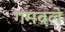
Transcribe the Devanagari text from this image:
गमवले